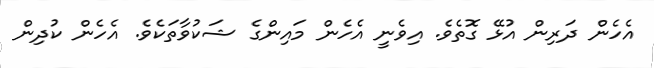
އެހެން ދަރިން އުޅޭ ގޮތެވެ. އިވެނީ އެހެން މައިންގެ ޝަކުވާތަކެވެ. އެހެން ކުދިން